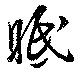
眡